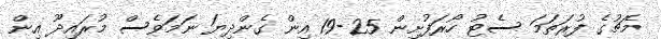
މެޗުގެ ފުރަތަމަ ސެޓު ހޯރަފުށިން 25-19 އިން ގެންދިޔަ ނަމަވެސް މުރައިދޫ އިން